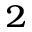
^ { \small 2 }